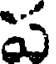
ప